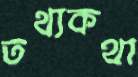
তথ্যকথা